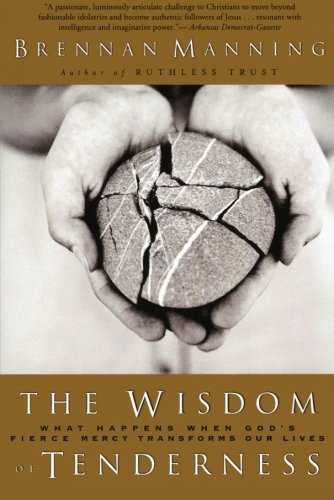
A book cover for The Wisdom of Tenderness: What Happens When God's Fierce Mercy Transforms Our Lives; Brennan Manning; Christian Books & Bibles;